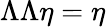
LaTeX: \Lambda\Lambda\eta=\eta